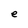
Character: e